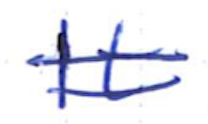
Text: It
Cross-out: double-line
Writing tool: ballpoint